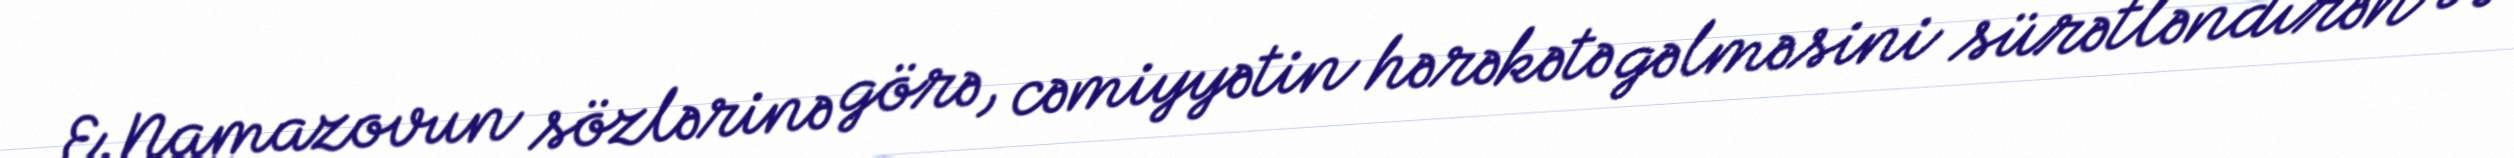
E.Namazovun sözlərinə görə, cəmiyyətin hərəkətə gəlməsini sürətləndirən və